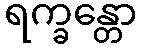
ရက္ခန္တော